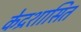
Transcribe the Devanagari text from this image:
के॓द्रशासित